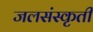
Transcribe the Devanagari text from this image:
जलसंस्कृती